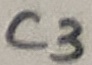
Text: C3